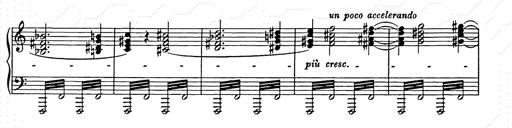
Title: Unstern!
Composer: Franz Liszt